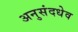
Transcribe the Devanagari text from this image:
अनुसंदधेव